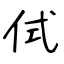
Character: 侙